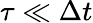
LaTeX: \tau\ll\Delta t